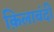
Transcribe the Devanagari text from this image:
क़िलाबंदी